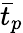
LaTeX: \bar{t}_{p}